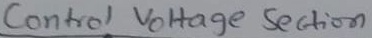
Text: Control voltage Section